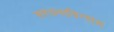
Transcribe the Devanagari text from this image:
सरंचनाविन्यास